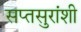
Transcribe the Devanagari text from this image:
सप्तसुरांशी